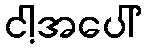
ငါ့အပေါ်